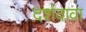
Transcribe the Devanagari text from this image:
दर्शवावा